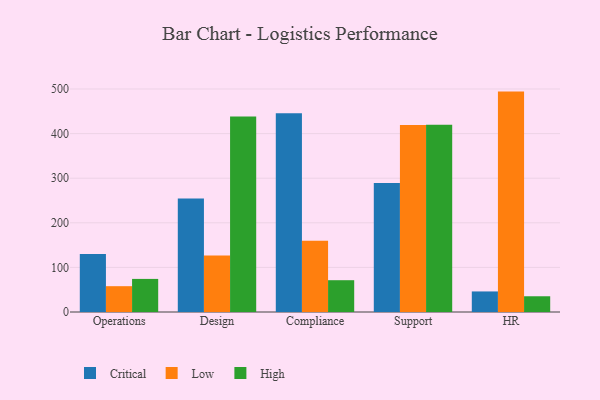
{"axis": {"x": "Department", "y": "Conversion Rate (%)"}, "legend": ["Critical", "High", "Low"], "data": [{"x": "Operations", "y": 129.8, "type": "Critical"}, {"x": "Operations", "y": 57.9, "type": "Low"}, {"x": "Operations", "y": 74.2, "type": "High"}, {"x": "Design", "y": 254.3, "type": "Critical"}, {"x": "Design", "y": 126.9, "type": "Low"}, {"x": "Design", "y": 438.6, "type": "High"}, {"x": "Compliance", "y": 445.9, "type": "Critical"}, {"x": "Compliance", "y": 160.0, "type": "Low"}, {"x": "Compliance", "y": 71.3, "type": "High"}, {"x": "Support", "y": 289.5, "type": "Critical"}, {"x": "Support", "y": 419.5, "type": "Low"}, {"x": "Support", "y": 419.9, "type": "High"}, {"x": "HR", "y": 46.1, "type": "Critical"}, {"x": "HR", "y": 494.2, "type": "Low"}, {"x": "HR", "y": 35.3, "type": "High"}]}